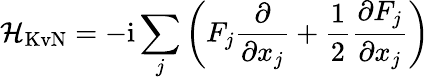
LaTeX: \mathcal{H}_{\mathrm{KvN}}=-\mathrm{i}\sum_{j}\left(F_{j}\frac{\partial}{\partial x_{j}}+\frac{1}{2}\frac{\partial F_{j}}{\partial x_{j}}\right)